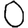
Digit: 0